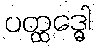
ပတ္ထဒ္ဓေါ